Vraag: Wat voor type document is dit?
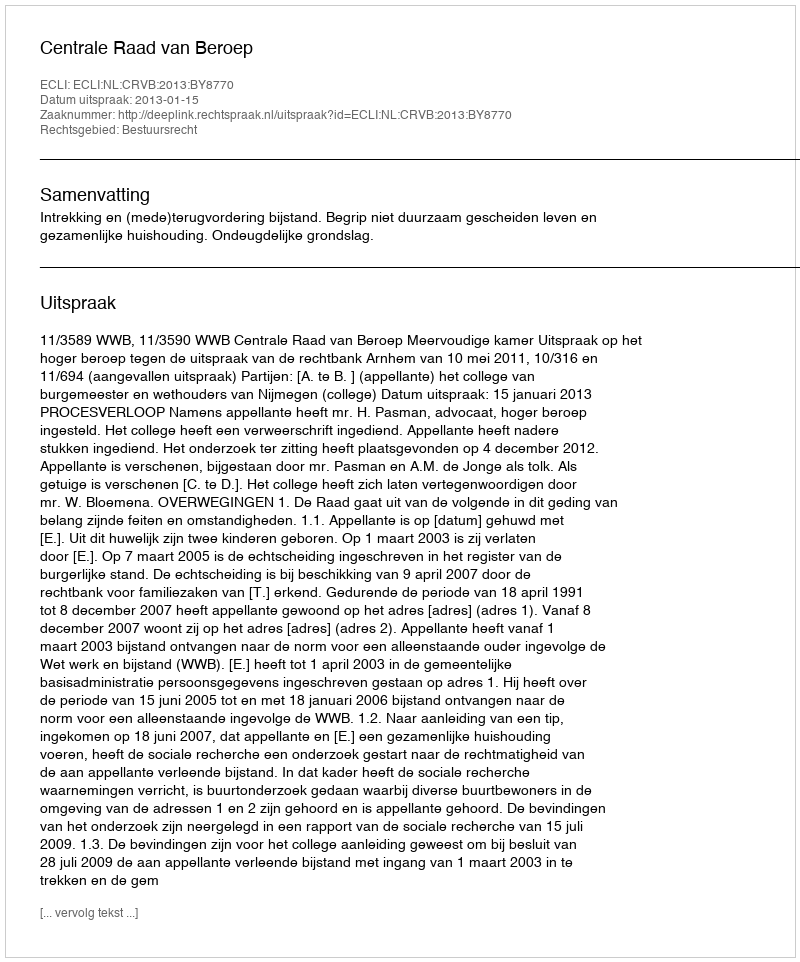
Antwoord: Uitspraak